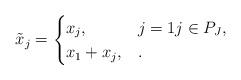
LaTeX: \begin{align*}\tilde{x}_j=\begin{cases}x_j,& j=1 j \in P_J,\\x_1 + x_j,& .\end{cases}\end{align*}